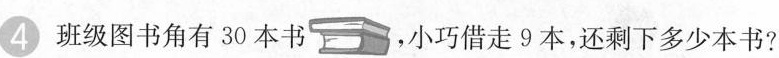
4班级图书角有30本书 ，小巧借走9本，还剩下多少本书?